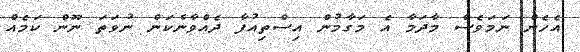
އެހެން ނަމަވެސް މާދަމާ އެ މަގާމުން އިސްތިއުފާ ދެއްވާނެކަން ނުވަތަ ނޫން ކަމެއް